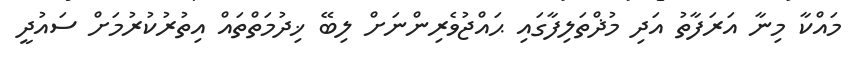
މައްކާ މިނާ އަރަފާތު އަދި މުޛްތަލިފާގައި ޙައްޖުވެރިންނަށް ލިބޭ ޚިދުމަތްތައް އިތުރުކުރުމަށް ސައުދީ